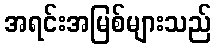
အရင်းအမြစ်များသည်